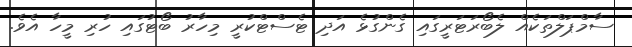
ސާމްޕަލްތަކެއް ލެބޯރަޓަރީގައި ގެންގުޅެ އަދި ޓެސްޓްކުރީ މިހާރު ބޯޓުގައި ހުރި މީހާ އެވެ.